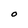
Character: O